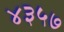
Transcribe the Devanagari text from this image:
४३५७